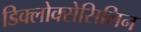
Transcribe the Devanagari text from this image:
डिक्लोक्सेसिलिन